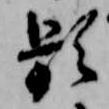
頻